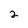
Character: 2